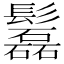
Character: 𩯹